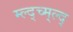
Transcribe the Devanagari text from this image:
म्ल्द्च्म्ल्द्